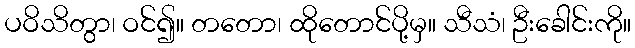
ပဝိသိတွာ၊ ဝင်၍။ တတော၊ ထိုတောင်ပို့မှ။ သီသံ၊ ဦးခေါင်းကို။